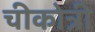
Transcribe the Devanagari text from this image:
चीकोत्री